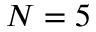
N = 5